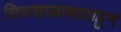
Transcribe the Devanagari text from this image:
चित्रशाळामाताहुन